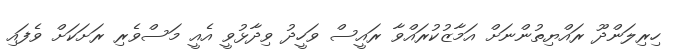
ހިރިލަންދޫ ރައްޔިތުންނަށް އަމާޒުކުރައްވާ ރައީސް ވަހީދު ވިދާޅުވީ އެއީ މަސްވެރި ރަށަކަށް ވެފައި